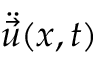
\ddot { \vec { u } } ( \boldsymbol { x } , t )